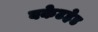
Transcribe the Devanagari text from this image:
बकेटहेड